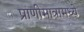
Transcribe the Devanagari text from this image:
प्राणीमात्रामध्ये